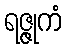
ရဇ္ဇုကံ